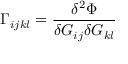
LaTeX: \Gamma _ { i j k l } = { \frac { \delta ^ { 2 } \Phi } { \delta G _ { i j } \delta G _ { k l } } }